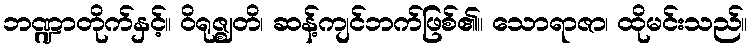
ဘဏ္ဍာတိုက်နှင့်။ ဝိရုဇ္ဈတိ၊ ဆန့်ကျင်ဘက်ဖြစ်၏။ သောရာဇာ၊ ထိုမင်းသည်။